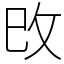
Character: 攺